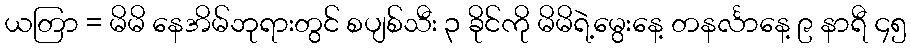
ယတြာ = မိမိ နေအိမ်ဘုရားတွင် စပျစ်သီး ၃ ခိုင်ကို မိမိရဲ့မွေးနေ့ တနင်္လာနေ့ ၉ နာရီ ၄၅